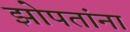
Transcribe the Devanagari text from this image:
झोपतांना